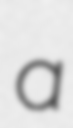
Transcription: a